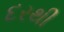
દરથી